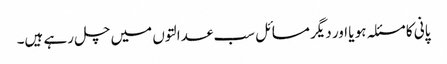
پانی کا مسئلہ ہو یا اور دیگر مسائل سب عدالتوں میں چل رہے ہیں۔